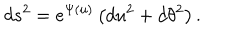
LaTeX: d s ^ { 2 } = e ^ { \Psi ( u ) } \left( d u ^ { 2 } + d \theta ^ { 2 } \right) .